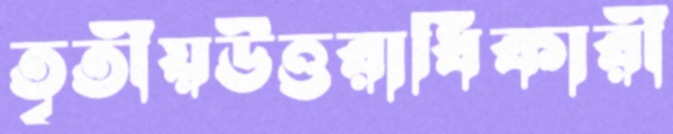
তৃতীয়উত্তরাধিকারী